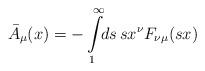
LaTeX: \begin{align*}\bar A_\mu(x) = -\int\limits^\infty_1 \!\! ds \, s x^\nu F_{\nu\mu}(sx) \end{align*}